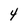
Character: 4